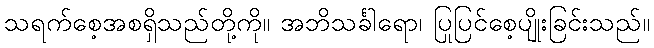
သရက်စေ့အစရှိသည်တို့ကို။ အဘိသင်္ခါရော၊ ပြုပြင်စေ့ပျိုးခြင်းသည်။